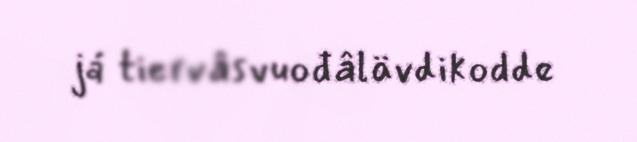
já tiervâsvuođâlävdikodde